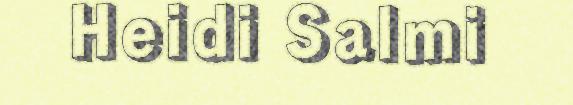
Heidi Salmi